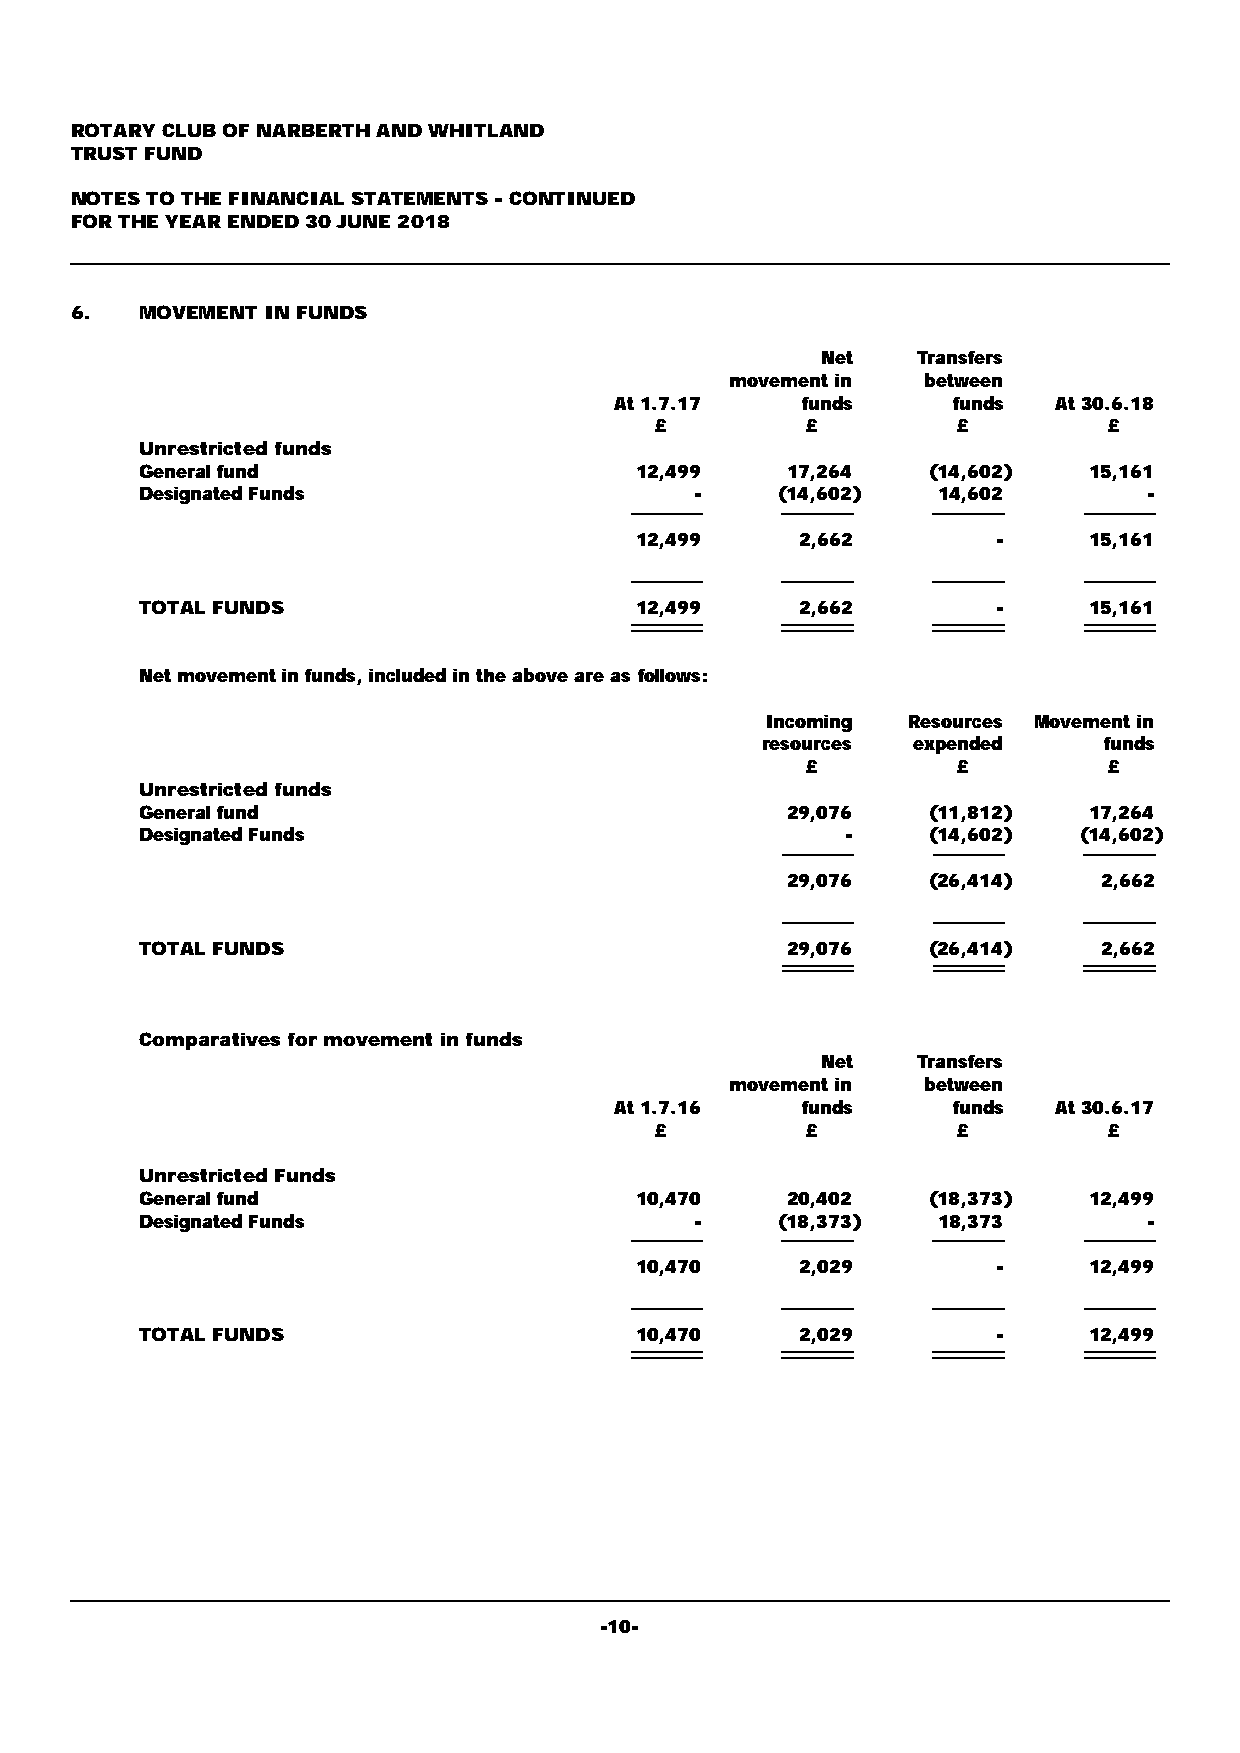
ROTARY CLUB OF NARBERTH AND WHITLAND
 TRUST FUND
 NOTES TO THE FINANCIAL STATEMENTS - CONTINUED
 FOR THE YEAR ENDED 30 JUNE 2018
 6.  MOVEMENT IN FUNDS
 Net    Transfers
 movement in  between
 At 1.7.17   funds     funds  At 30.6.18
 £         £         £         £
 Unrestricted funds
 General fund                     12,499    17,264    (14,602)  15,161
 Designated Funds                     -     (14,602)  14,602        -
 12,499     2,662        -     15,161
 TOTAL FUNDS                      12,499     2,662        -     15,161
 Net movement in funds, included in the above are as follows:
 Incoming Resources Movement in
 resources expended     funds
 £         £         £
 Unrestricted funds
 General fund                               29,076    (11,812)  17,264
 Designated Funds                               -     (14,602)  (14,602)
 29,076    (26,414)   2,662
 TOTAL FUNDS                                29,076    (26,414)   2,662
 Comparatives for movement in funds
 Net    Transfers
 movement in  between
 At 1.7.16   funds     funds  At 30.6.17
 £         £         £         £
 Unrestricted Funds
 General fund                     10,470    20,402    (18,373)  12,499
 Designated Funds                     -     (18,373)  18,373        -
 10,470     2,029        -     12,499
 TOTAL FUNDS                      10,470     2,029        -     12,499
 -10-